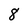
Character: 8